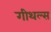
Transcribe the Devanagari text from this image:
गीथल्स